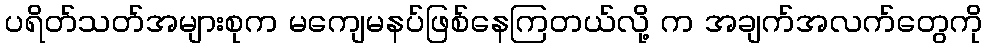
ပရိတ်သတ်အများစုက မကျေမနပ်ဖြစ်နေကြတယ်လို့ က အချက်အလက်တွေကို